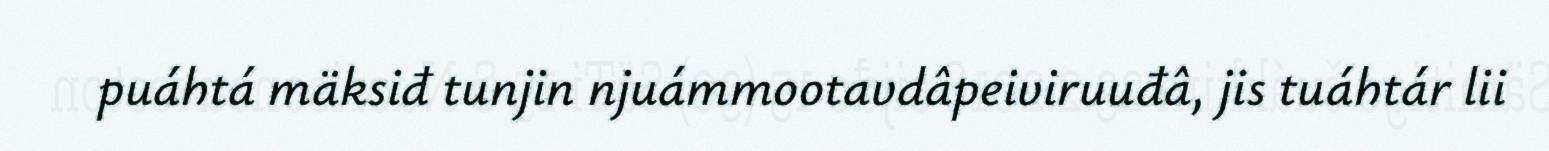
puáhtá mäksiđ tunjin njuámmootavdâpeiviruuđâ, jis tuáhtár lii